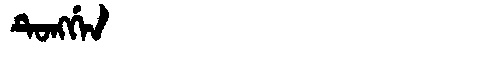
Manchu: ᡨᡠᠩᡤᡝᠨ
Romanization: TUNGGEN